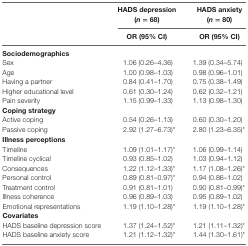
<table><thead><tr><td></td><td><b>HADS depression (<i>n</i> = 68)</b></td><td><b>HADS anxiety (<i>n</i> = 80)</b></td></tr><tr><td></td><td><b>OR (95% CI)</b></td><td><b>OR (95% CI)</b></td></tr></thead><tbody><tr><td><b>Sociodemographics</b></td></tr><tr><td>Sex</td><td>1.06 (0.26–4.36)</td><td>1.39 (0.34–5.74)</td></tr><tr><td>Age</td><td>1.00 (0.98–1.03)</td><td>0.98 (0.96–1.01)</td></tr><tr><td>Having a partner</td><td>0.84 (0.41–1.70)</td><td>0.75 (0.38–1.49)</td></tr><tr><td>Higher educational level</td><td>0.61 (0.30–1.24)</td><td>0.62 (0.32–1.21)</td></tr><tr><td>Pain severity</td><td>1.15 (0.99–1.33)</td><td>1.13 (0.98–1.30)</td></tr><tr><td><b>Coping strategy</b></td><td></td><td></td></tr><tr><td>Active coping</td><td>0.54 (0.26–1.13)</td><td>0.60 (0.30–1.20)</td></tr><tr><td>Passive coping</td><td>2.92 (1.27–6.73)*</td><td>2.80 (1.23–6.35)*</td></tr><tr><td><b>Illness perceptions</b></td><td></td><td></td></tr><tr><td>Timeline</td><td>1.09 (1.01–1.17)*</td><td>1.06 (0.99–1.14)</td></tr><tr><td>Timeline cyclical</td><td>0.93 (0.85–1.02)</td><td>1.03 (0.94–1.12)</td></tr><tr><td>Consequences</td><td>1.22 (1.12–1.33)*</td><td>1.17 (1.08–1.26)*</td></tr><tr><td>Personal control</td><td>0.89 (0.81–0.97)*</td><td>0.94 (0.86–1.02)</td></tr><tr><td>Treatment control</td><td>0.91 (0.81–1.01)</td><td>0.90 (0.81–0.99)*</td></tr><tr><td>Illness coherence</td><td>0.96 (0.89–1.03)</td><td>0.95 (0.89–1.02)</td></tr><tr><td>Emotional representations</td><td>1.19 (1.10–1.28)*</td><td>1.19 (1.10–1.28)*</td></tr><tr><td><b>Covariates</b></td><td></td><td></td></tr><tr><td>HADS baseline depression score</td><td>1.37 (1.24–1.52)*</td><td>1.21 (1.11–1.32)*</td></tr><tr><td>HADS baseline anxiety score</td><td>1.21 (1.12–1.32)*</td><td>1.44 (1.30–1.61)*</td></tr></tbody></table>